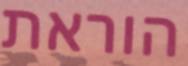
הוראת